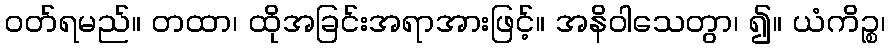
ဝတ်ရမည်။ တထာ၊ ထိုအခြင်းအရာအားဖြင့်။ အနိဝါသေတွာ၊ ၍။ ယံကိဉ္စ၊